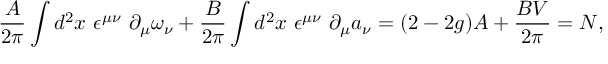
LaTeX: \frac { A } { 2 \pi } \int d ^ { 2 } x ~ \epsilon ^ { \mu \nu } ~ \partial _ { \mu } \omega _ { \nu } + \frac { B } { 2 \pi } \int d ^ { 2 } x ~ \epsilon ^ { \mu \nu } ~ \partial _ { \mu } a _ { \nu } = ( 2 - 2 g ) A + \frac { B V } { 2 \pi } = N ,